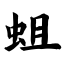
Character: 蛆